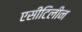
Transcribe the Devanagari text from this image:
एसीटिलीन